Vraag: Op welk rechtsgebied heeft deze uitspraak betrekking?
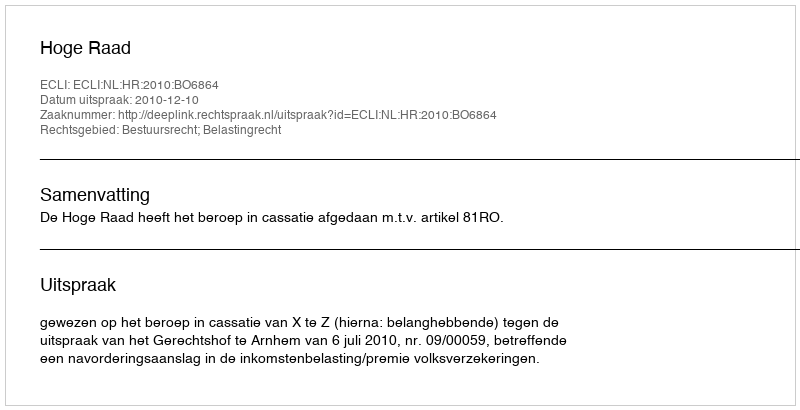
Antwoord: Bestuursrecht; Belastingrecht